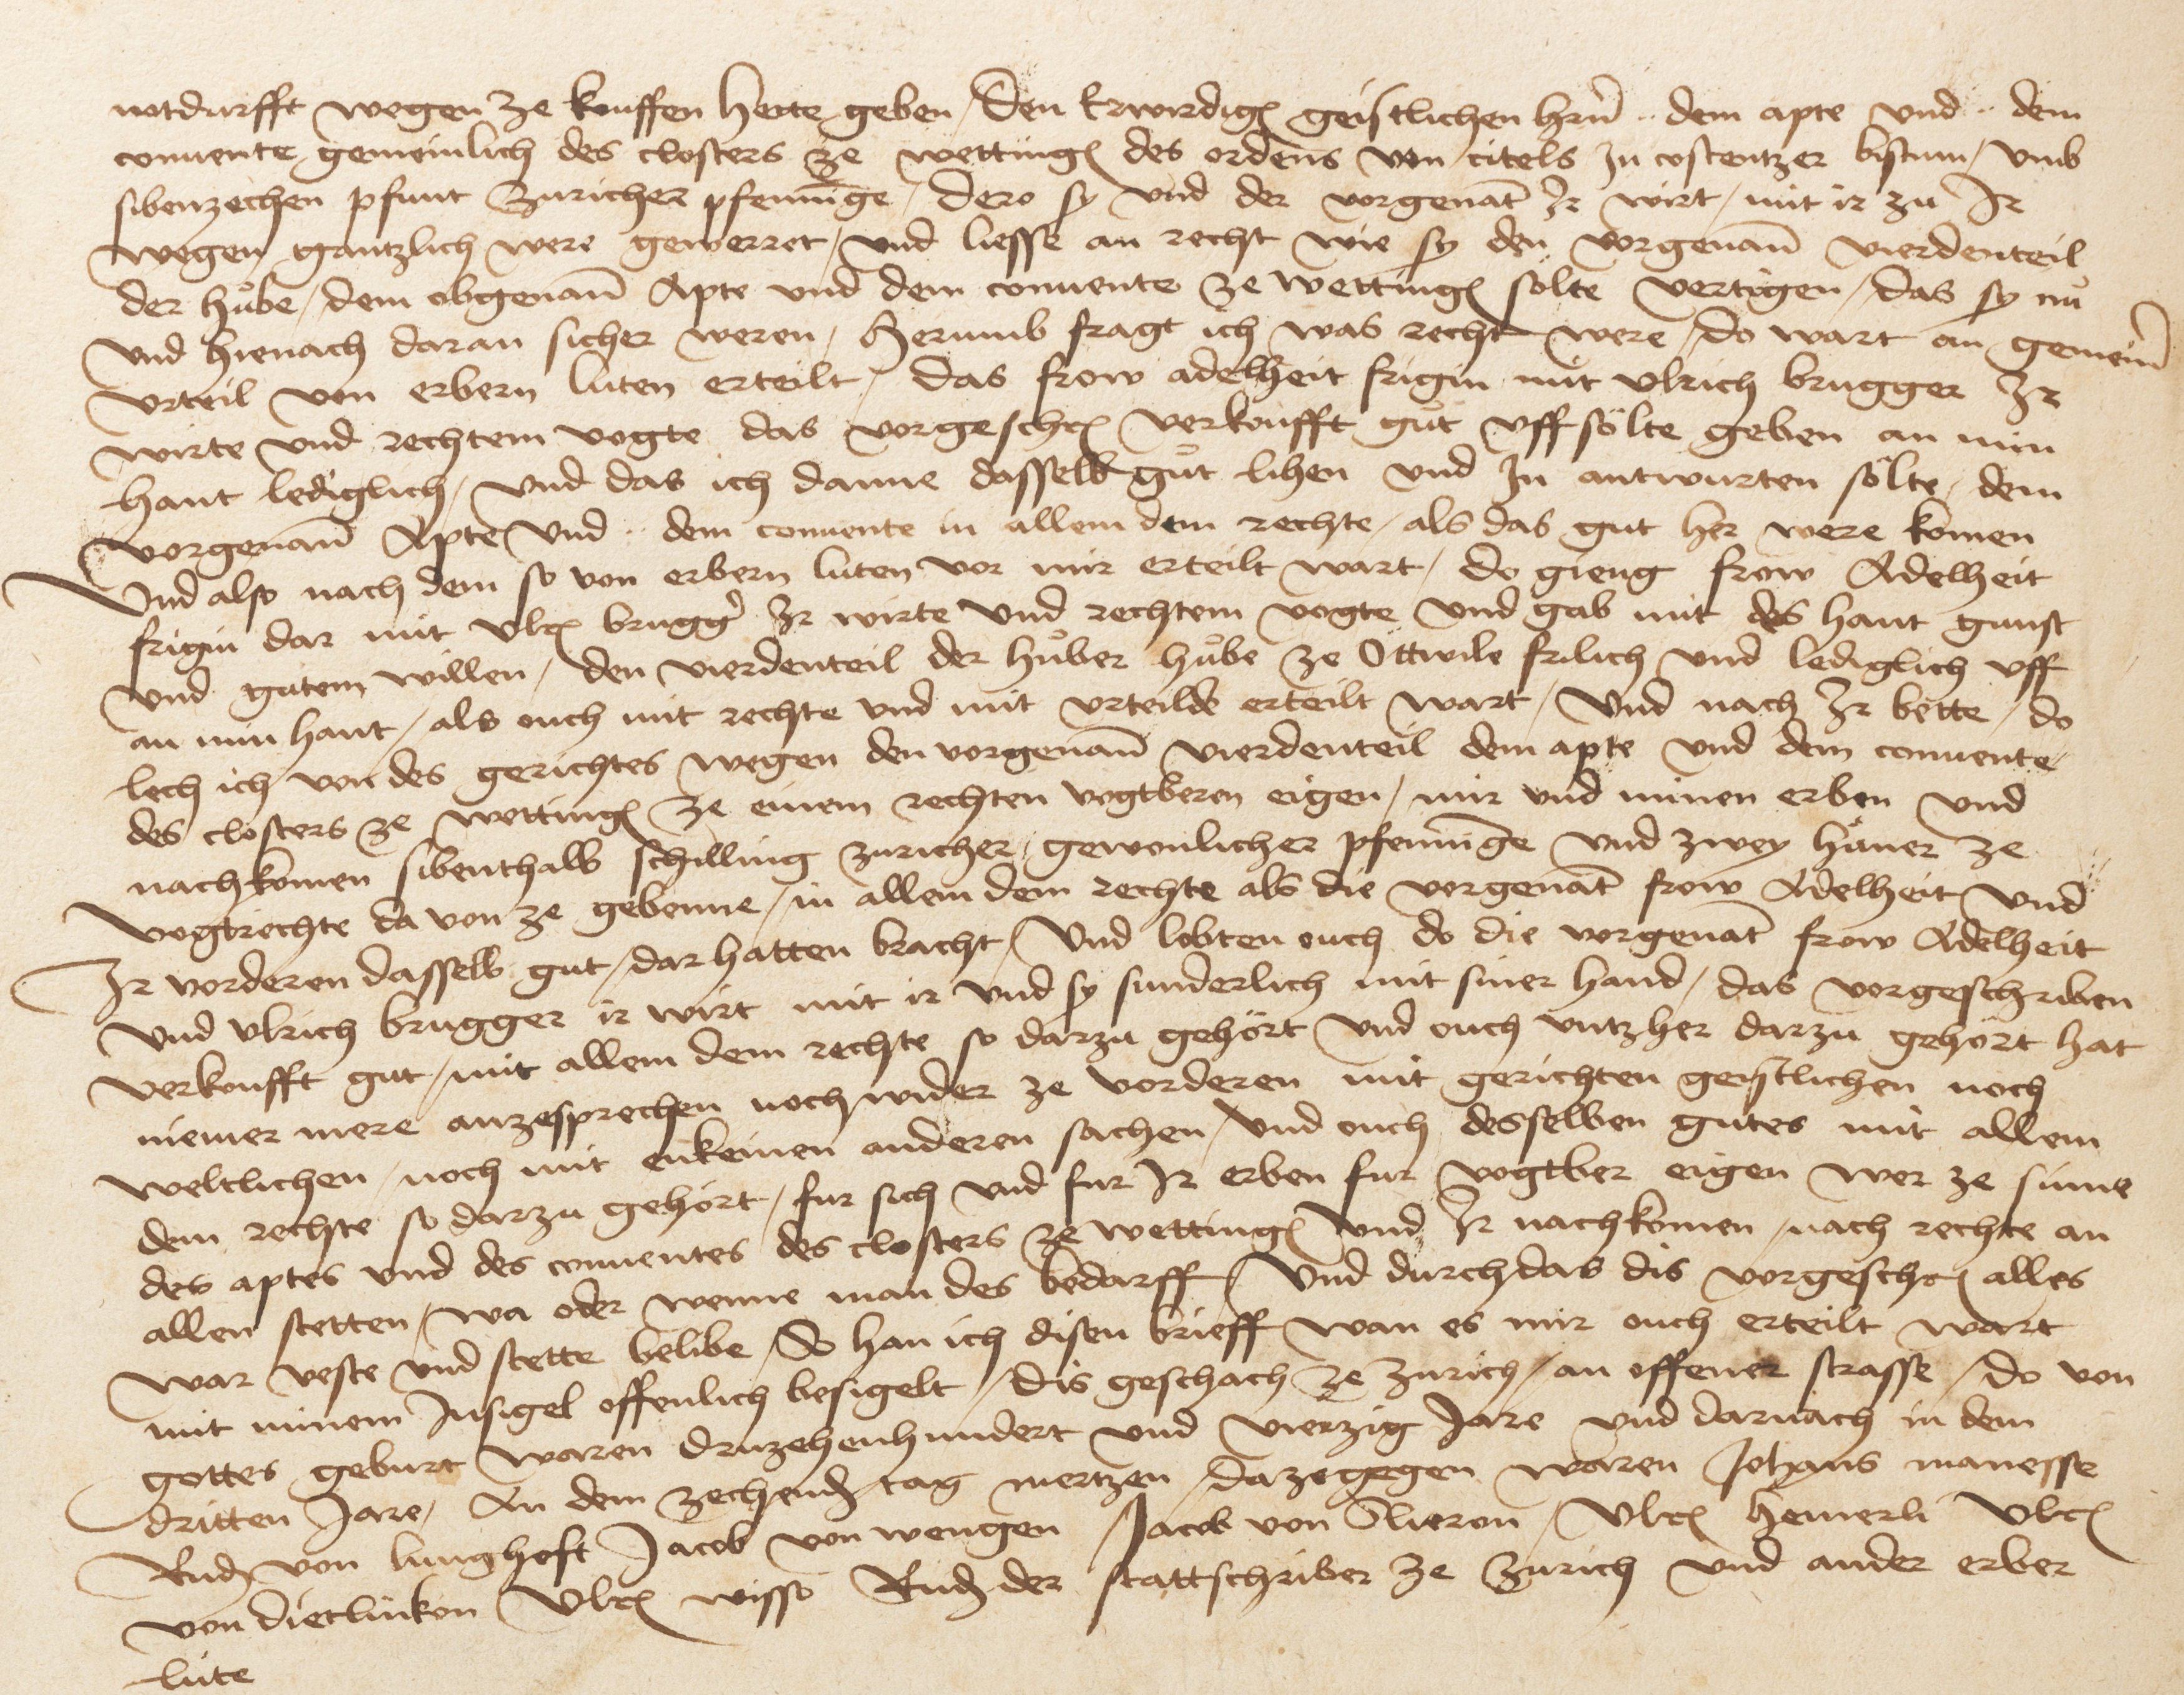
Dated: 1475–1505